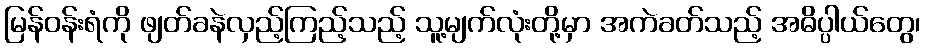
မြန်ဝန်းရံကို ဖျတ်ခနဲလှည့်ကြည့်သည့် သူ့မျက်လုံးတို့မှာ အကဲခတ်သည့် အဓိပ္ပါယ်တွေ၊